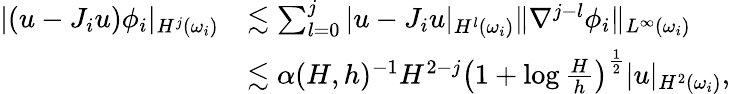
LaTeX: \begin{array}{rl}{|(u-J_{i}u)\phi_{i}|_{H^{j}(\omega_{i})}}&{\lesssim\sum_{l=0}^{j}|u-J_{i}u|_{H^{l}(\omega_{i})}\| \nabla^{j-l}\phi_{i}\| _{L^{\infty}(\omega_{i})}}\\ &{\lesssim\alpha(H,h)^{-1}H^{2-j}\left(1+\log\frac{H}{h}\right)^{\frac{1}{2}}|u|_{H^{2}(\omega_{i})},}\end{array}